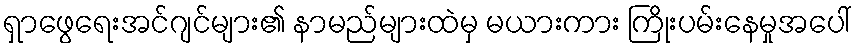
ရှာဖွေရေးအင်ဂျင်များ၏ နာမည်များထဲမှ မယားကား ကြိုးပမ်းနေမှုအပေါ်